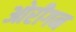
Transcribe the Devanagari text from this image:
ओरीगन